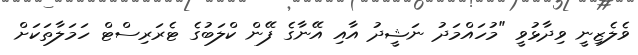
ވެލެޒިނީ ވިދާޅުވީ "މުހައްމަދު ނަޝީދު އާއި އޭނާގެ ފޭން ކްލަބުގެ ޓެރަރިސްޓް ހަމަލާތަކަށް